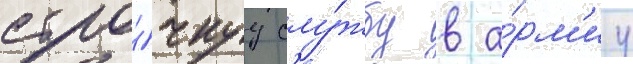
сро́чнуу слу́жбу в а́рм'иу